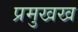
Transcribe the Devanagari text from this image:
प्रमुखख